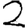
Digit: 2